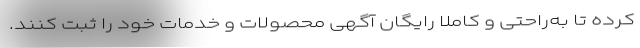
کرده تا به‌راحتی و کاملا رایگان آگهی محصولات و خدمات خود را ثبت کنند.